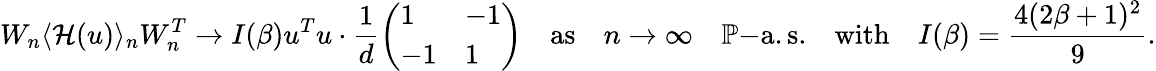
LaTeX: W_{n}\langle\mathcal{H}(u)\rangle_{n}W_{n}^{T}\to I(\beta)u^{T}u\cdot\frac{1}{d}\left(\begin{array}{ll}{1}&{-1}\\ {-1}&{1}\end{array}\right)\quad\mathrm{as}\quad n\to\infty\quad\mathbb{P}\mathrm{-a.s.}\quad\mathrm{with}\quad I(\beta)=\frac{4(2\beta+1)^{2}}{9}.